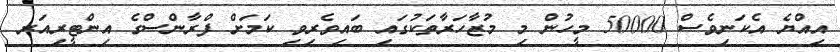
އިއްޔެ އެކަނިވެސް 50000 މީހުން މި މުޒާހަރާތަކުގައި ބައިވެރިވި ކަމަށް ފްރާންސްގެ އިންޓީރިއަރ